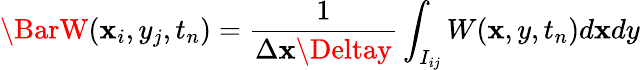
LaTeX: \BarW(\mathbf{x}_{i},y_{j},t_{n})=\frac{{1}}{{\Delta\mathbf{x}\Deltay}}\int_{I_{ij}}W(\mathbf{x},y,t_{n})d\mathbf{x}dy